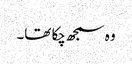
وہ سمجھ چکا تھا۔